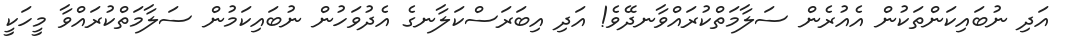
އަދި ނުބައިކަންތަކުން އެއުރެން ސަލާމަތްކުރައްވާނދޭވެ! އަދި އިބަރަސްކަލާނގެ އެދުވަހުން ނުބައިކަމުން ސަލާމަތްކުރައްވާ މީހަކީ